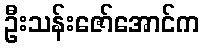
ဦးသန်းဇော်အောင်က